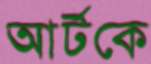
আর্টকে